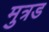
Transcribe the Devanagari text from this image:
मुत्रड